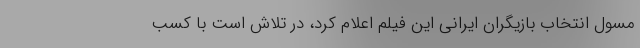
مسول انتخاب بازیگران ایرانی این فیلم اعلام کرد، در تلاش است با کسب